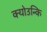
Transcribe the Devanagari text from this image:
क्योउन्कि